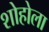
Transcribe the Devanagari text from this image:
शोहोला